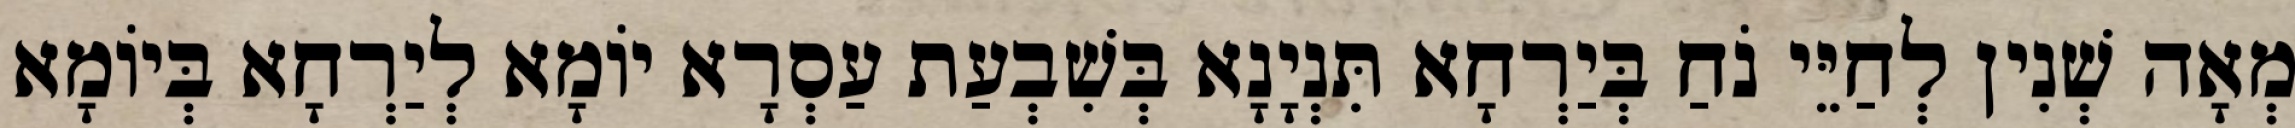
מְאָה שְׁנִין לְחַיֵּי נֹחַ בְּיַרְחָא תִּנְיָנָא בְּשִׁבְעַת עַסְרָא יוֹמָא לְיַרְחָא בְּיוֹמָא